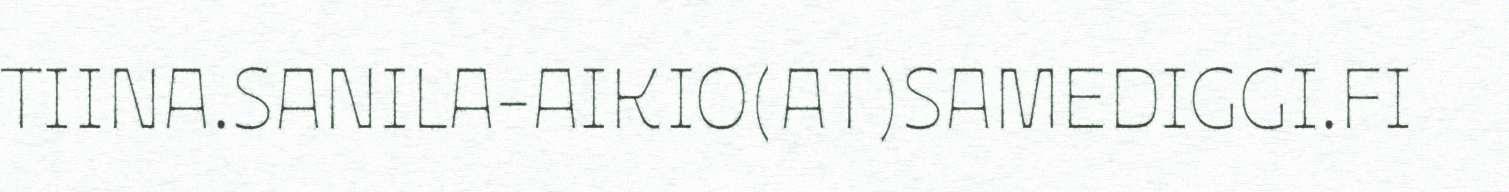
TIINA.SANILA-AIKIO(AT)SAMEDIGGI.FI